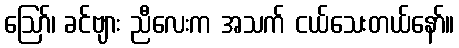
ဪ၊ ခင်ဗျား ညီလေးက အသက် ငယ်သေးတယ်နော်။